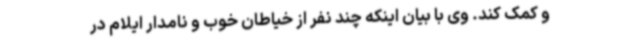
و کمک کند. وی با بیان اینکه چند نفر از خیاطان خوب و نامدار ایلام در